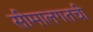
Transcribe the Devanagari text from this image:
सीमालगतची